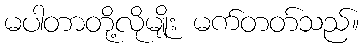
မပါတာတို့လိုမျိုး မက်တတ်သည်။